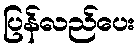
ပြန်လည်ပေး